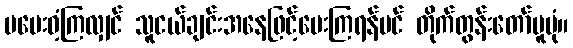
မမေးဝံ့ကြလျှင် သူငယ်ချင်းအနေဖြင့်မေးကြရန်ပင် တိုက်တွန်းတော်မူပုံ။